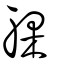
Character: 躶